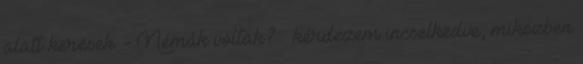
alatt keresek. - Némák voltak? – kérdezem incselkedve, miközben